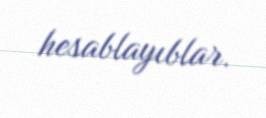
hesablayıblar.